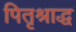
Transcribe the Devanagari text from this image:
पितृश्राद्ध